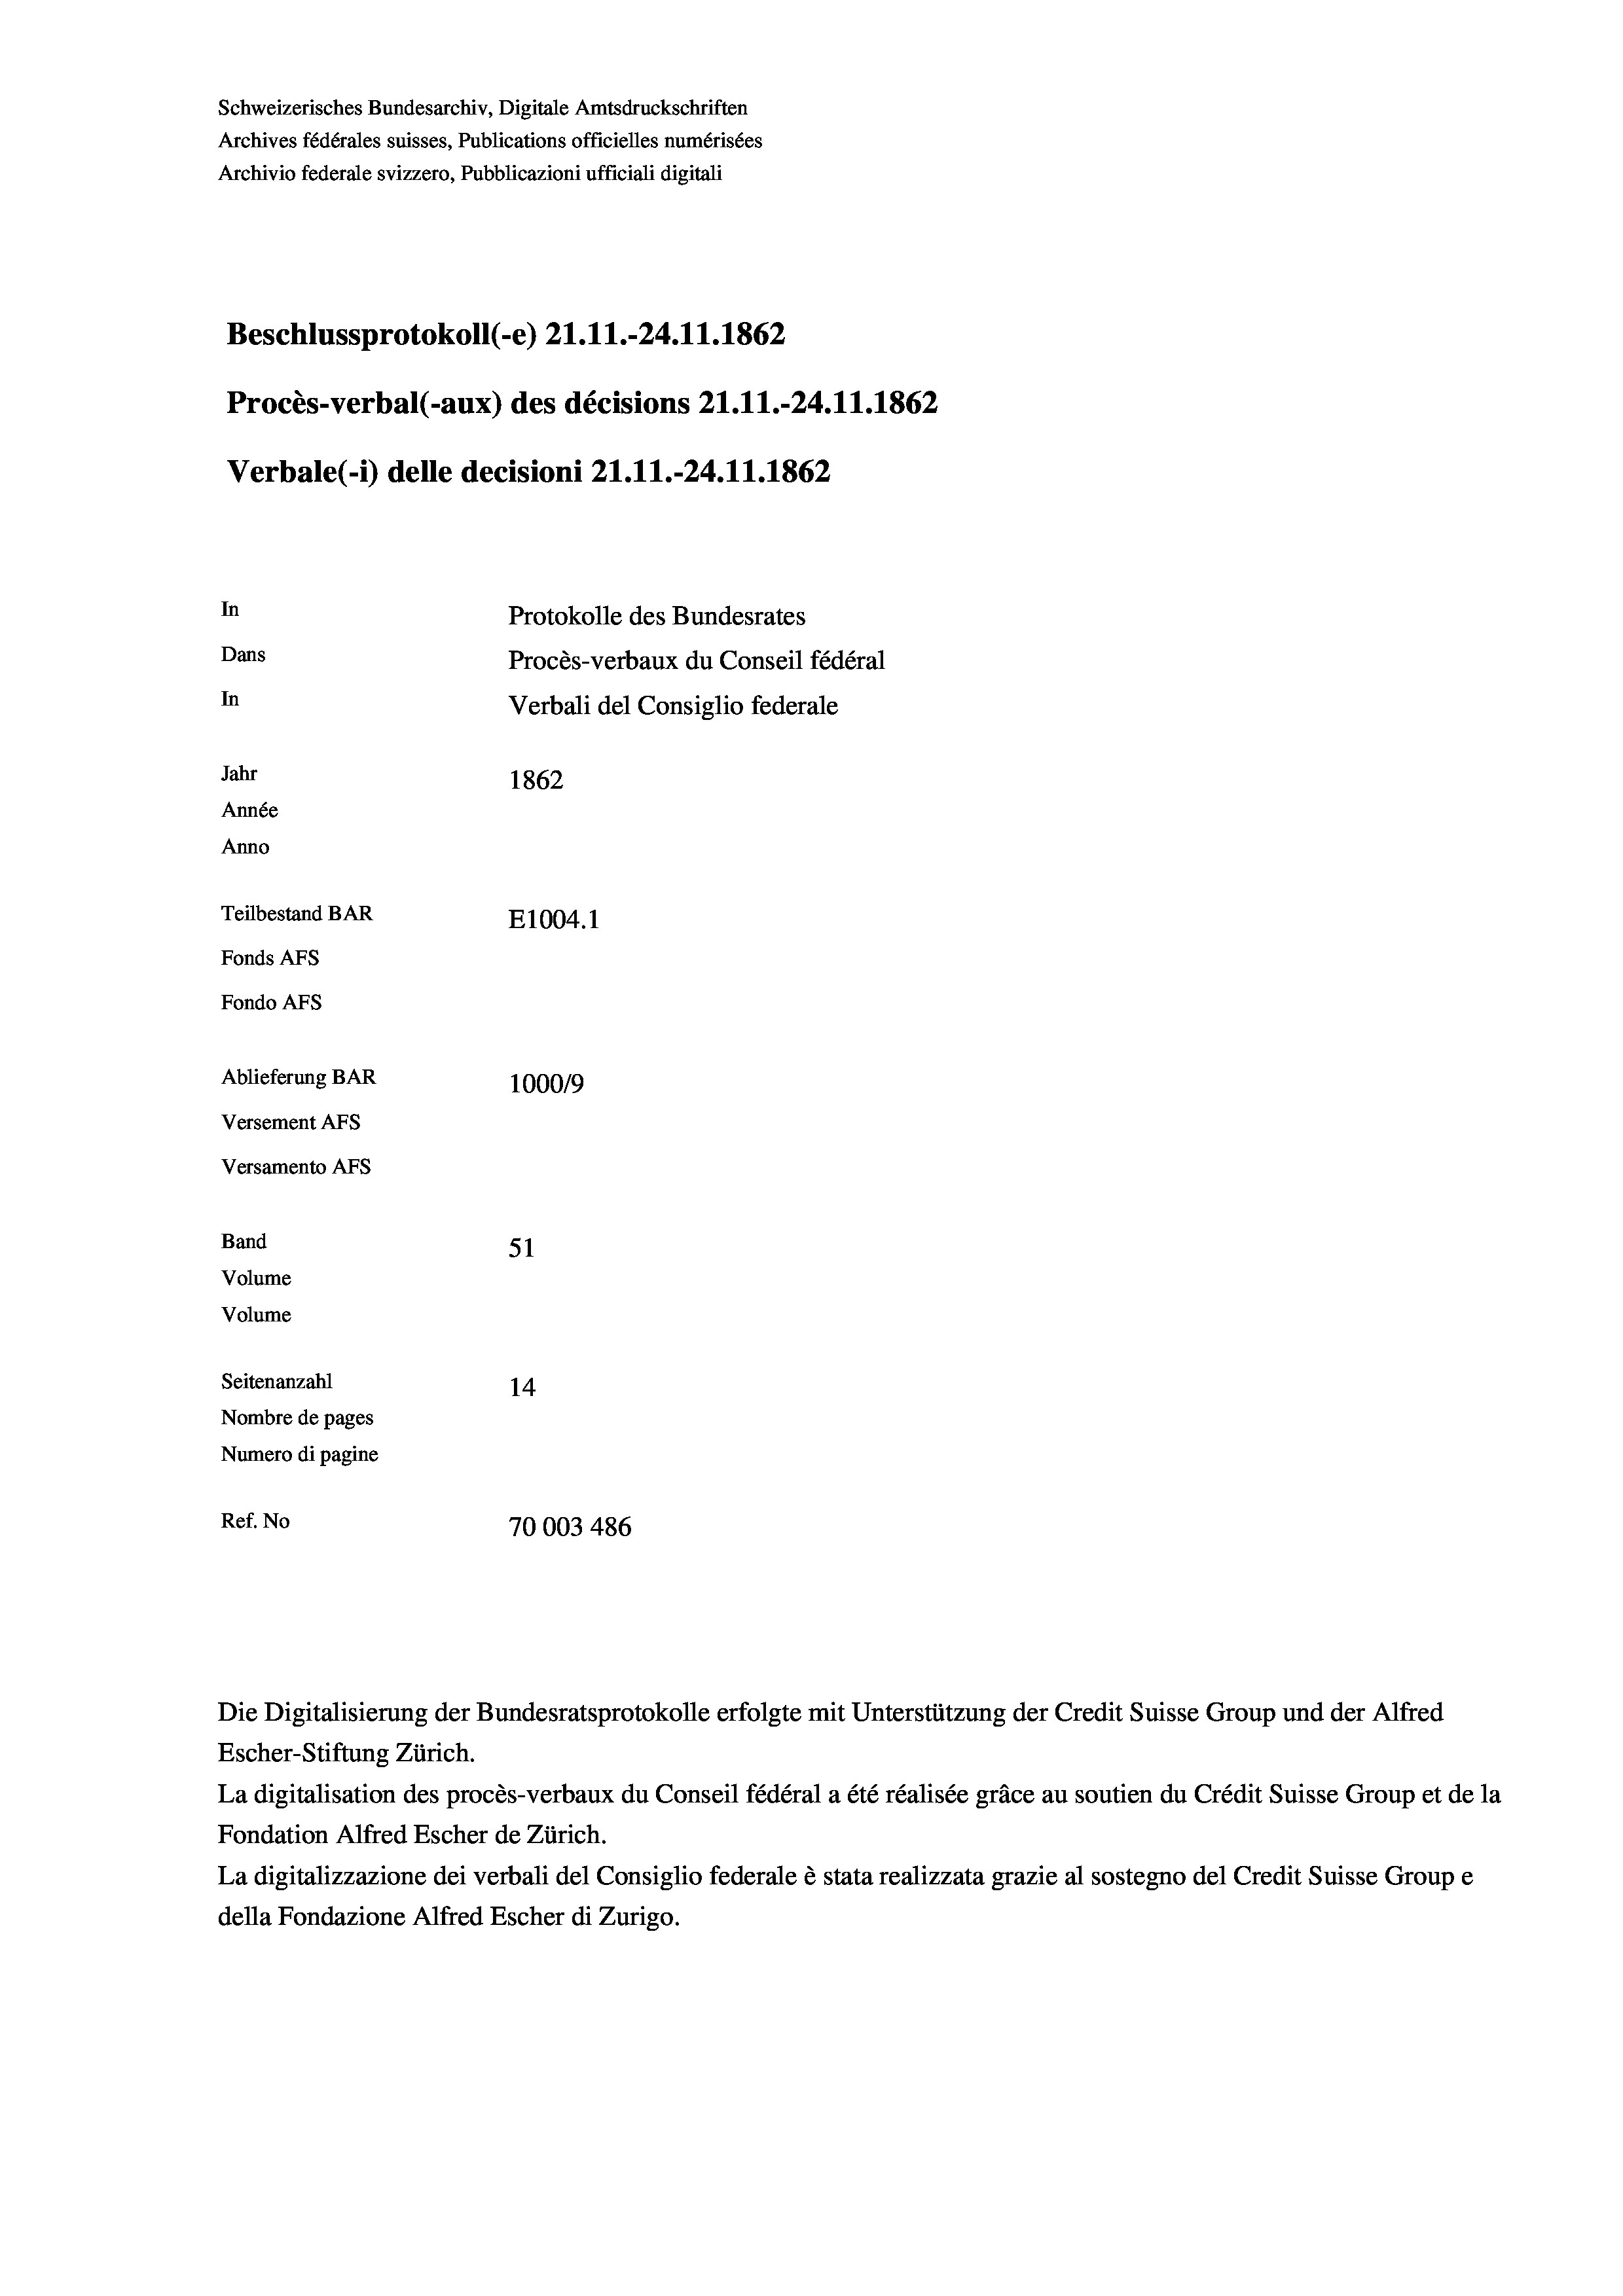
Beschlussprotokoll (-e) 21.11.-24.11.1862
In
Protokolle des Bundesrates
Dans
Procès-verbaux du Conseil fédéral
In
Verbali del Consiglio federale
Jahr
1862
Année
Anno
Teilbestand BAR
E1004. 1
Fonds Afs
Fondo AFS

Ablieferung BAR
Versement Ans
Versamento Afs
Band
Volume
Volume
Seitenanzahl
Nombre de pages
Numero di pagine

Schweizerisches Bundesarchiv, Digitale Amtsdruckschriften
Archives fédérales suisses, Publications officielles numérisées
Archivio federale svizzero, Pubblicazioni ufficiali digitali

Escher-Stiftung Zürich.
La digitalisation des procès-verbaux du Conseil fédéral a été réalisée gräce au soutien du Crédit Suisse Group et de la
Fondation Alfred Escher de Zürich.
La digitalizzazione dei verbali del Consiglio federale è stata realizzata grazie al sostegno del Credit Suisse Groupe
della Fondazione Alfred Escher di Zurigo.

Procès-verbal (-aux) des décisions Z1.11.-24.11.1862
Verbale(*) delle decisioni 21.11.-24.11.1862

100019
51
14
Ref. No
70003486

Die Digitalisierung der Bundesratsprotokolle erfolgte mit Unterstützung der Credit Suisse Group und der Alfred